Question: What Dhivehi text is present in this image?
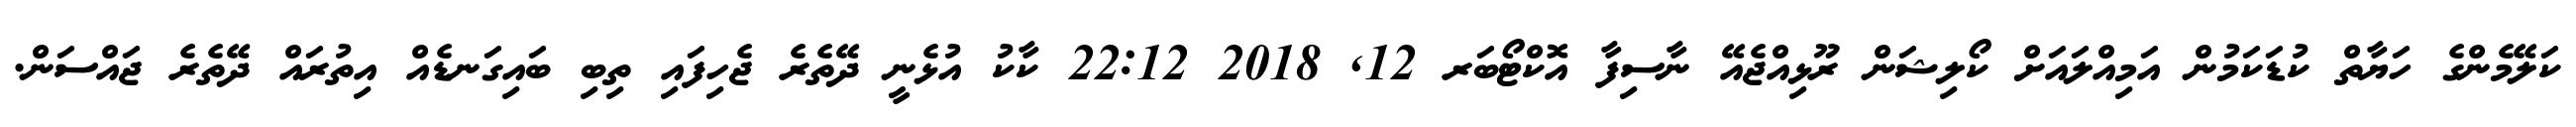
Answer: ކަލޭމެންގެ ހަޔާތް ކުޑަކަމުން އަމިއްލައަށް ކޯލިޝަން ރޫޅިއްޖެއޭ ނާސިފާ އޮކްޓޯބަރ 12, 2018 22:12 ކާކު އުޅެނީ ދޭތެރެ ޖެހިފައި ތިބި ބައިގަނޑެއް އިތުރައް ދޭތެރެ ޖައްސަން.